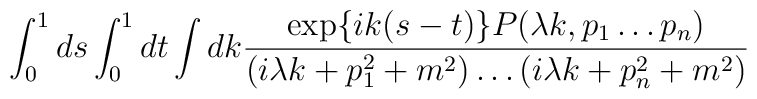
\int_0^1 ds \int_0^1 dt \int dk \frac{\exp \{ik(s-t) \}P( \lambda k,p_1 \ldots p_n)}{(i \lambda k+p_1^2+m^2)\ldots (i \lambda k+p_n^2+m^2)}